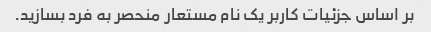
بر اساس جزئیات کاربر یک نام مستعار منحصر به فرد بسازید.